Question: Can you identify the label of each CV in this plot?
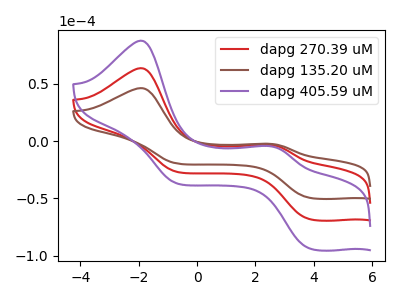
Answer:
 <answer>The red curve is labeled "dapg 270.39 uM". The brown curve is labeled "dapg 135.20 uM". The purple curve is labeled "dapg 405.59 uM".</answer>
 <eval></eval>